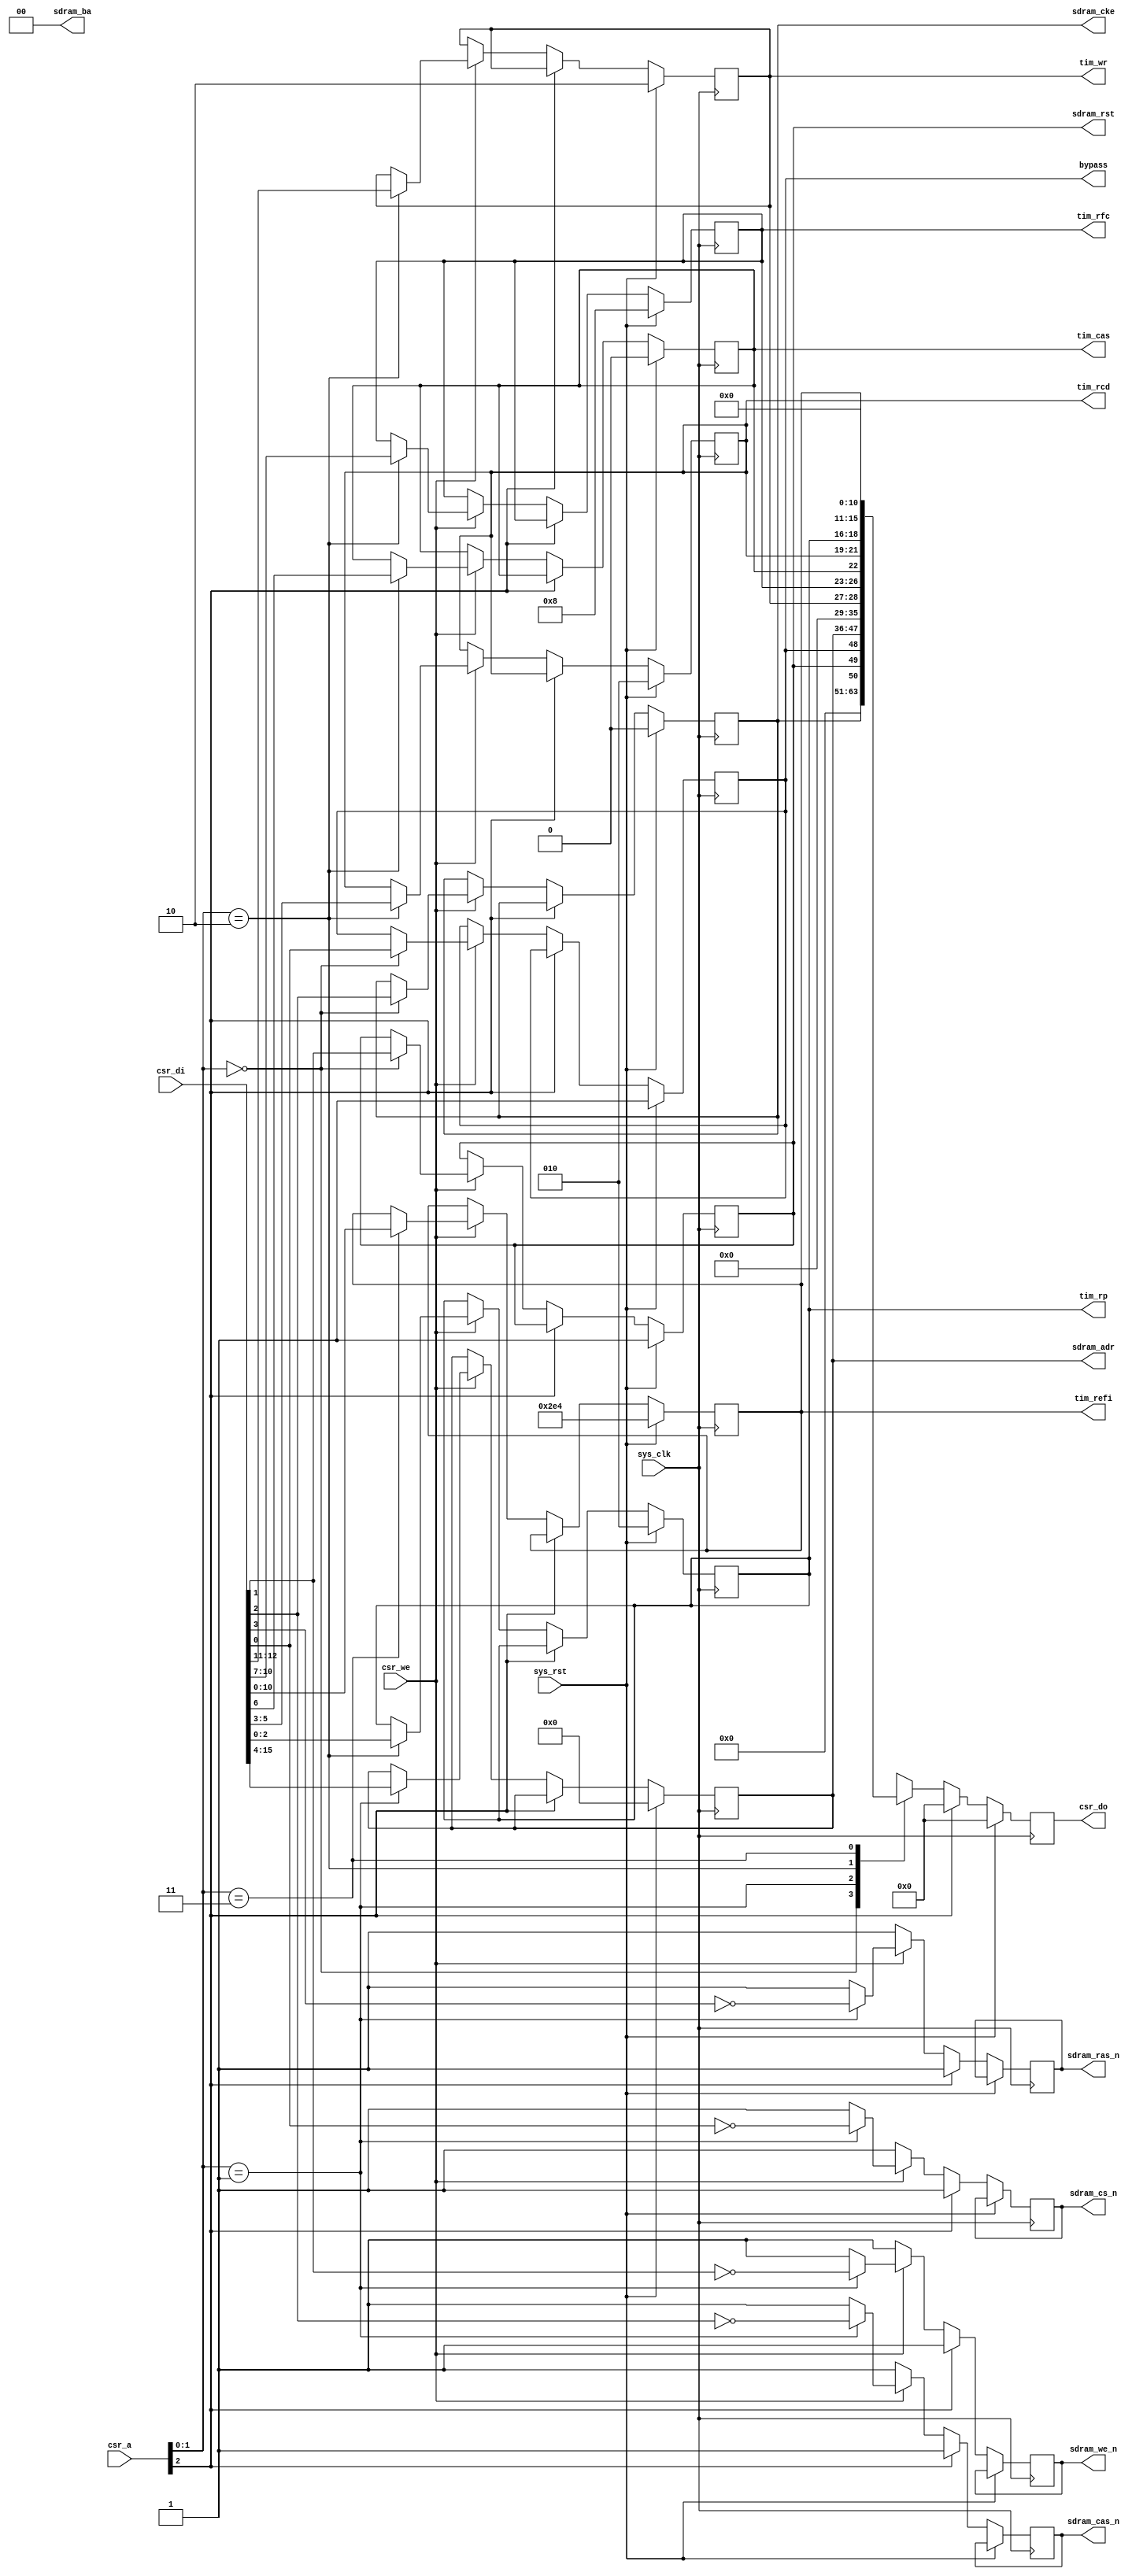
// This program was cloned from: https://github.com/marmolejo/zet
// License: GNU General Public License v3.0

/*
 * Milkymist VJ SoC
 * Copyright (C) 2007, 2008, 2009 Sebastien Bourdeauducq
 * adjusted to FML 8x16 by Zeus Gomez Marmolejo <zeus@aluzina.org>
 *
 * This program is free software: you can redistribute it and/or modify
 * it under the terms of the GNU General Public License as published by
 * the Free Software Foundation, version 3 of the License.
 *
 * This program is distributed in the hope that it will be useful,
 * but WITHOUT ANY WARRANTY; without even the implied warranty of
 * MERCHANTABILITY or FITNESS FOR A PARTICULAR PURPOSE.  See the
 * GNU General Public License for more details.
 *
 * You should have received a copy of the GNU General Public License
 * along with this program.  If not, see <http://www.gnu.org/licenses/>.
 */

module hpdmc_ctlif #(
	parameter csr_addr = 1'b0,
	parameter sdram_addrdepth = 12
) (
	input sys_clk,
	input sys_rst,
	
	input      [ 2:0] csr_a,
	input             csr_we,
	input      [15:0] csr_di,
	output reg [15:0] csr_do,
	
	output reg bypass,
	output reg sdram_rst,
	
	output reg        sdram_cke,
	output reg        sdram_cs_n,
	output reg        sdram_we_n,
	output reg        sdram_cas_n,
	output reg        sdram_ras_n,
	output reg [sdram_addrdepth-1:0] sdram_adr,
	output     [ 1:0] sdram_ba,
	
	/* Clocks we must wait following a PRECHARGE command (usually tRP). */
	output reg [2:0] tim_rp,
	/* Clocks we must wait following an ACTIVATE command (usually tRCD). */
	output reg [2:0] tim_rcd,
	/* CAS latency, 0 = 2 */
	output reg tim_cas,
	/* Auto-refresh period (usually tREFI). */
	output reg [10:0] tim_refi,
	/* Clocks we must wait following an AUTO REFRESH command (usually tRFC). */
	output reg [3:0] tim_rfc,
	/* Clocks we must wait following the last word written to the SDRAM (usually tWR). */
	output reg [1:0] tim_wr
);

  localparam low_addr_bits16 = 16 - sdram_addrdepth;
  localparam low_addr_bits12 = sdram_addrdepth - 12;

wire csr_selected = csr_a[2] == csr_addr;

// We assume sdram_ba will be always zero, so we can truncate the bus to 16 bits
assign sdram_ba = 2'b00;

always @(posedge sys_clk) begin
	if(sys_rst) begin
		csr_do <= 16'd0;
	
		bypass <= 1'b1;
		sdram_rst <= 1'b1;
		
		sdram_cke <= 1'b0;
		sdram_adr <= {sdram_addrdepth{1'd0}};
		
		tim_rp <= 3'd2;
		tim_rcd <= 3'd2;
		tim_cas <= 1'b0;
		tim_refi <= 11'd740;
		tim_rfc <= 4'd8;
		tim_wr <= 2'd2;
	end else begin
		sdram_cs_n <= 1'b1;
		sdram_we_n <= 1'b1;
		sdram_cas_n <= 1'b1;
		sdram_ras_n <= 1'b1;
		
		csr_do <= 16'd0;
		if(csr_selected) begin
			if(csr_we) begin
				case(csr_a[1:0])
					2'b00: begin
						bypass <= csr_di[0];
						sdram_rst <= csr_di[1];
						sdram_cke <= csr_di[2];
					end
					2'b01: begin
						sdram_cs_n <= ~csr_di[0];
						sdram_we_n <= ~csr_di[1];
						sdram_cas_n <= ~csr_di[2];
						sdram_ras_n <= ~csr_di[3];
						sdram_adr <= { {low_addr_bits12{1'b0}}, csr_di[15:4]};
					end
					2'b10: begin
						tim_rp <= csr_di[2:0];
						tim_rcd <= csr_di[5:3];
						tim_cas <= csr_di[6];
						tim_rfc <= csr_di[10:7];
						tim_wr <= csr_di[12:11];
					end
          2'b11: begin
						tim_refi <= csr_di[10:0];
          end
				endcase
			end
			case(csr_a[1:0])
				2'b00: csr_do <= {sdram_cke, sdram_rst, bypass};
				2'b01: csr_do <= {sdram_adr, {low_addr_bits16{1'b0}} };
				2'b10: csr_do <= {tim_wr, tim_rfc, tim_cas, tim_rcd, tim_rp};
        2'b11: csr_do <= {5'd0, tim_refi};
			endcase
		end
	end
end

endmodule